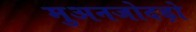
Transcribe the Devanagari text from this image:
मुअनजोदड़ो